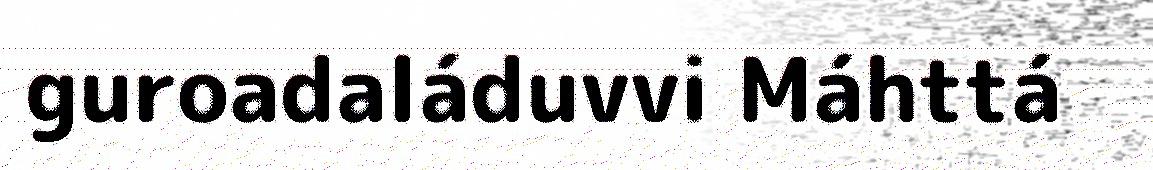
guroadaláduvvi Máhttá